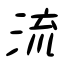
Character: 流